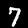
Digit: 7